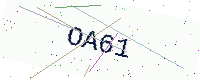
Text: OA61